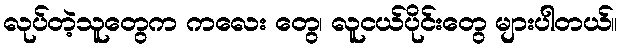
လုပ်တဲ့သူတွေက ကလေး တွေ၊ လူငယ်ပိုင်းတွေ များပါတယ်။